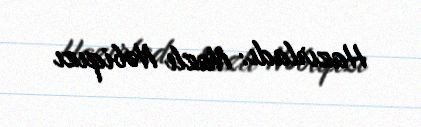
Hazırladı: Nazlı Nəbiqızı